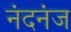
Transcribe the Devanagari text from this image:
नंदनंज